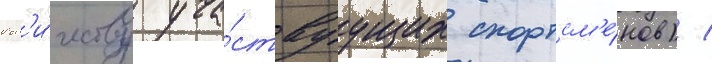
кол'и́честву уча́ствуущих спортсм'е́нов) /